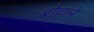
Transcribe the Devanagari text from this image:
बोहले